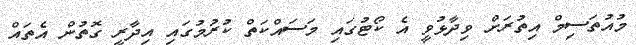
މުއުތަސިމް އިތުރަށް ވިދާޅުވީ އެ ކޯޓުގައި މަސައްކަތް ކުރުމުގައި އިދާރީ ގޮތުން އެތައް